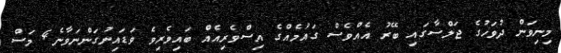
މިނިވަން ދުވަހުގެ ޖަލްސާގައި ބޭރު އެއްވެސް ގައުމެއްގެ އިސްވެރިއެއް ބައިވެރިވެ ވަޑައިނުގަންނަވާނެ4 މަސް